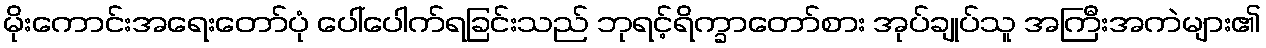
မိုးကောင်းအရေးတော်ပုံ ပေါ်ပေါက်ရခြင်းသည် ဘုရင့်ရိက္ခာတော်စား အုပ်ချုပ်သူ အကြီးအကဲများ၏